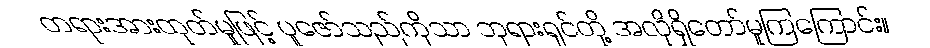
တရားအားထုတ်မှုဖြင့် ပူဇော်သည်ကိုသာ ဘုရားရှင်တို့ အလိုရှိတော်မူကြကြောင်း။